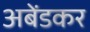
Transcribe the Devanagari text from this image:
अबेंडकर